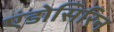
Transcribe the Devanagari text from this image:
एंडोसिरिन